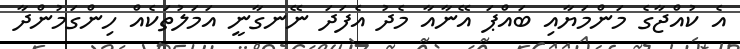
އެ ކުއްޖާގެ މަންމަޔާއި ބައްޕަ އޭނާއާ މެދު އެފަދަ ނޭނގާނީ އަމަލުތަކެއް ހިންގަމުންދާ